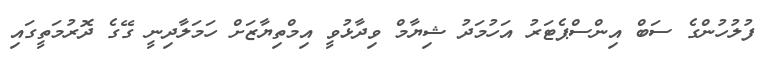
ފުލުހުންގެ ސަބް އިންސްޕެޓަރު އަހުމަދު ޝިޔާމް ވިދާޅުވީ އިމްތިޔާޒަށް ހަމަލާދިނީ ގޭގެ ދޮރުމަތީގައި